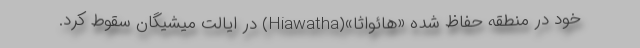
خود در منطقه حفاظ شده «هائواثا»(Hiawatha) در ایالت میشیگان سقوط کرد.